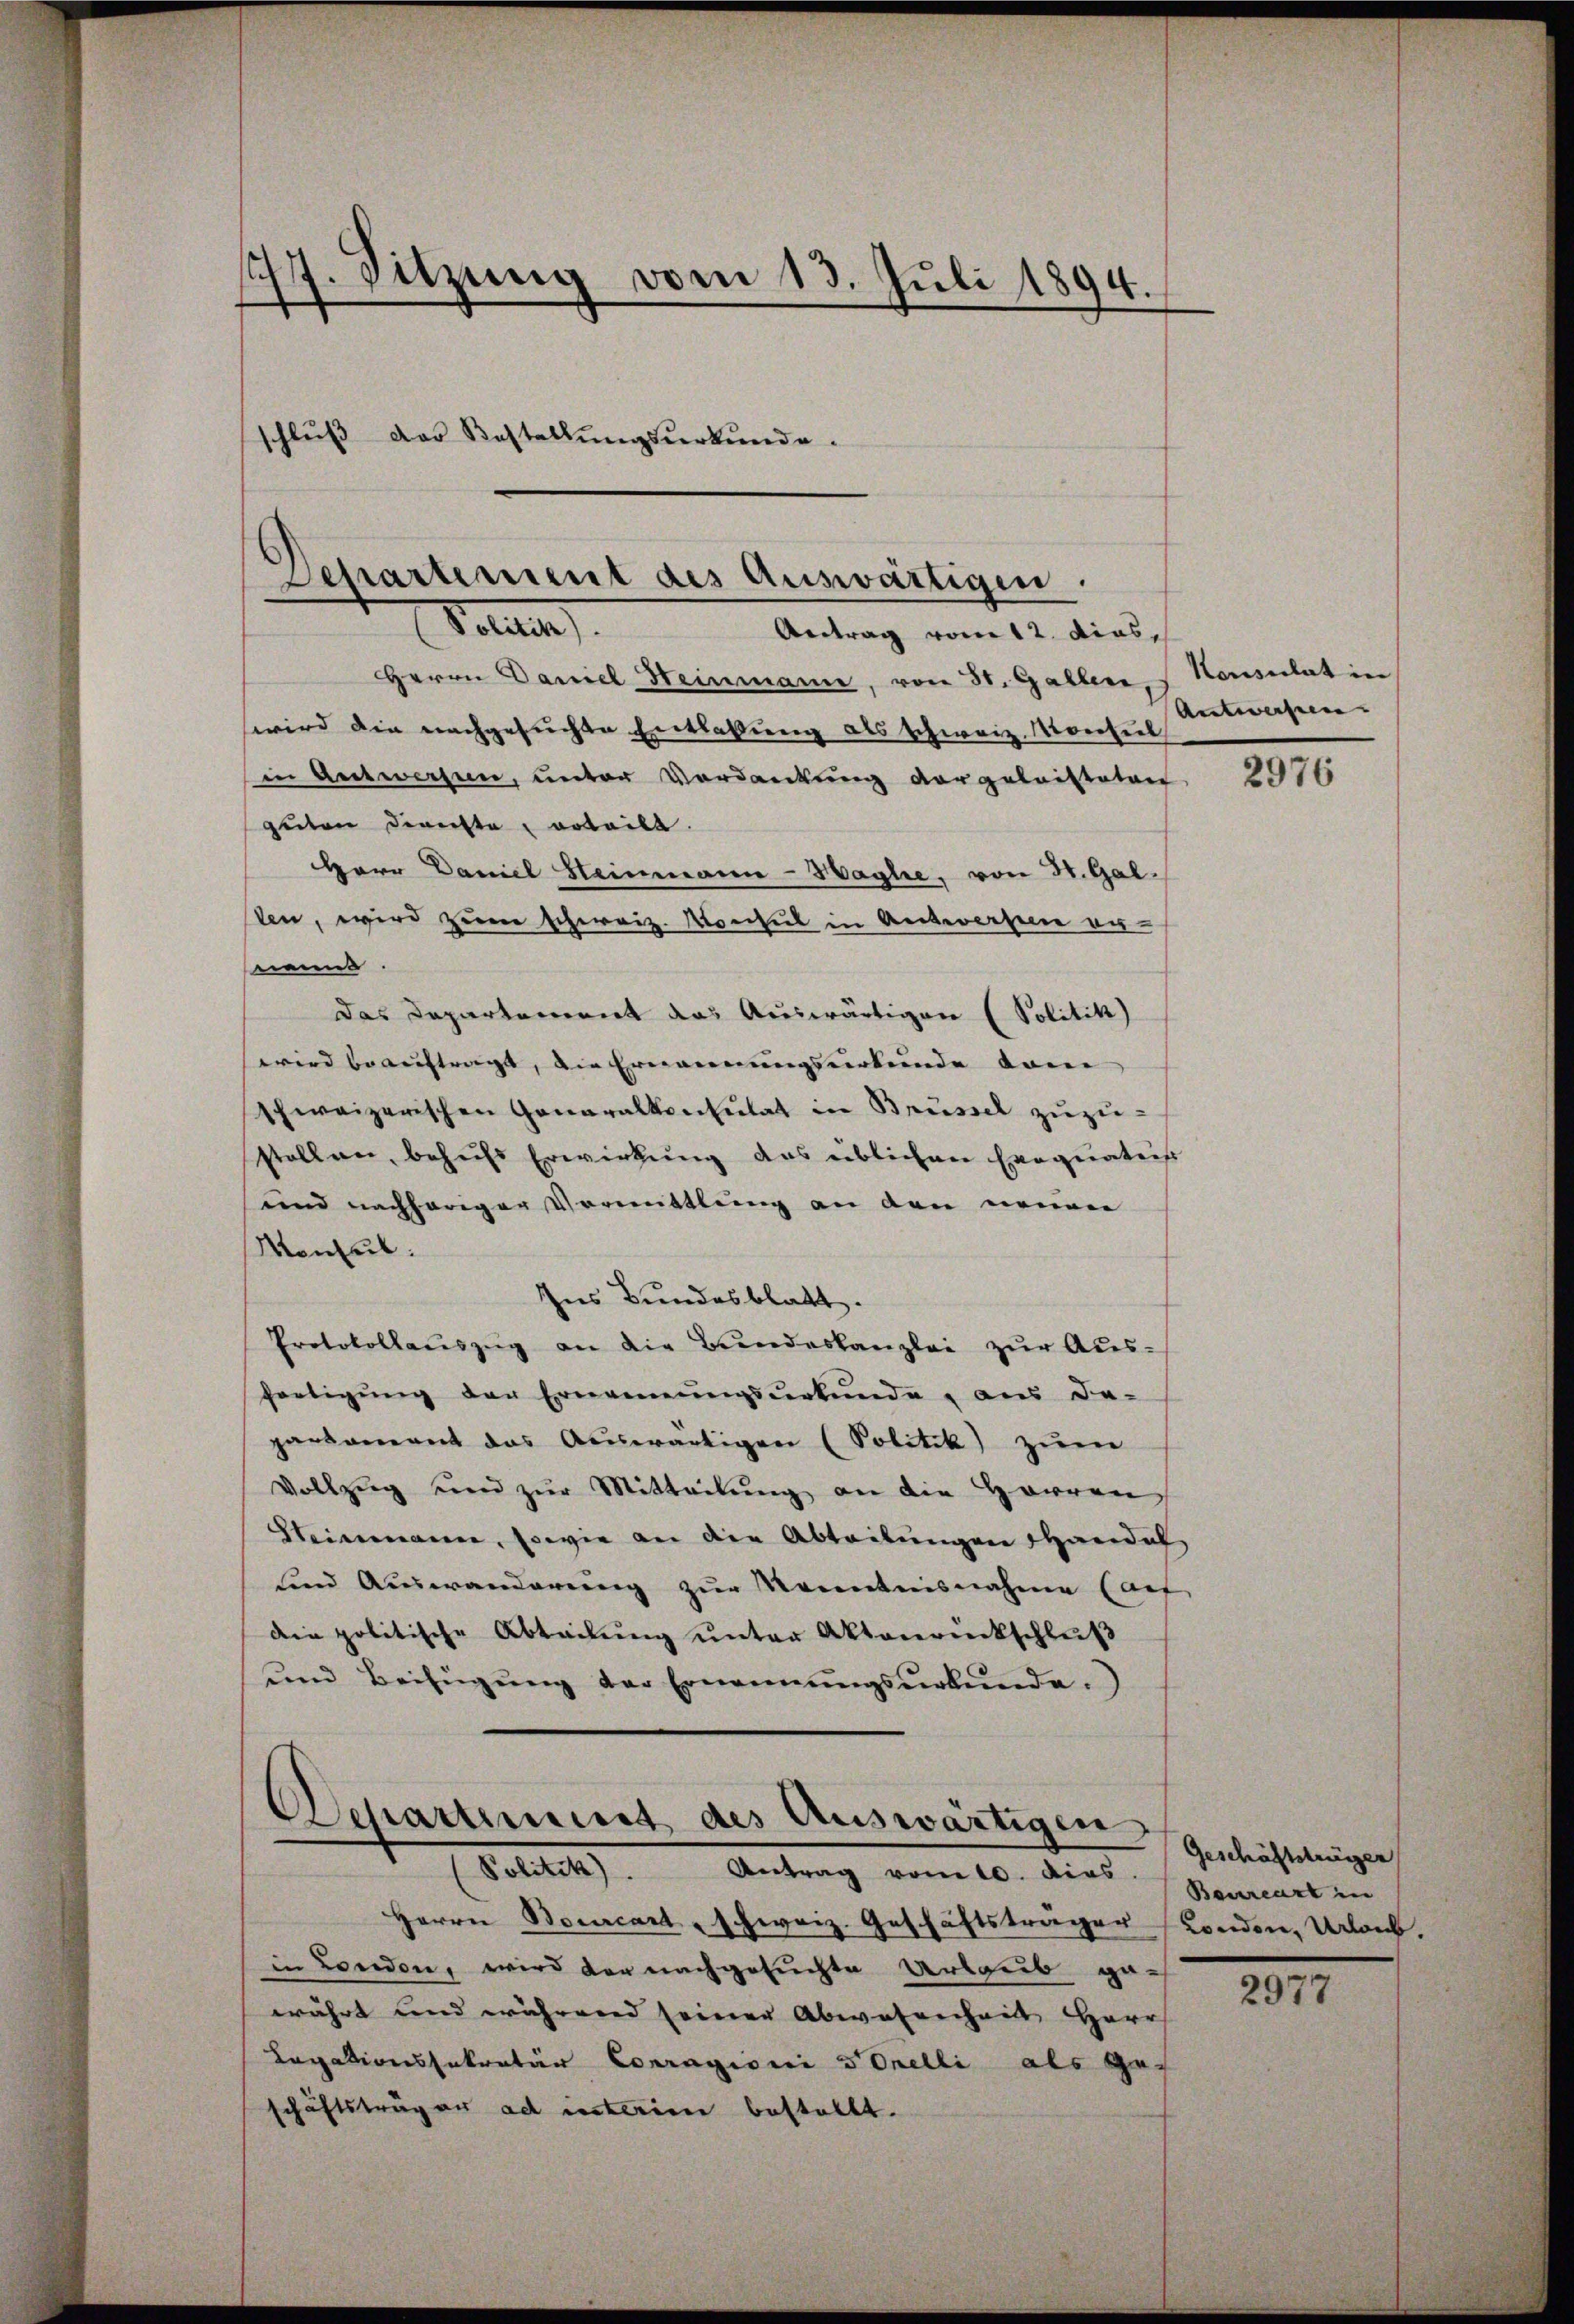
1777. Sitzung vom 13. Juli 1894.
schlŭβ der Bestellŭngsŭrkŭnde.

Departement des Auswärtigen.
Potuten

Antrag vom 12. dies,
Herrn Daniel Heinmann, von 31. Gallen,
wwird die nachgesuchte Entlaßung als schweiz. Konsul
in Antworfen, unter Vordankung vorgeleisteten
guten Dienste erteilt.
Herr Daniel Steinmann-Haghe, von St. Gal
ten, wird zum schweiz. Konsul in Antworfen er-
nannt.
Das Departement das Auswärtigen (Politik)
wird beauftragt, die Ernennungsurkunde kom
schweizerischen Generalkonsulat in Brüssel zuzustellen, behufs Erwirkung des üblichen Exequateis
und nachheriger Vormittlung an den neuen
Monkel.
Ins Bundesblatt.
Protokollaŭszŭg an die Bundeskanzlei zur Aus-
fertigung der Ernennungsurkunde, aus da-
parkament das Auswärtigen (Politik zum
Vollzug und zŭr Mitteilung an die Herren
Steinmann, sowie an die Abteilungen Handel
sind Auswanderung zur Kenntnisnahme auf
die politische Abteilung unter Aktenrückschluß
und Beifügŭng der Ernennungsurkunde.
Departement des Auswärtigen
(Politik. Antrag vom 10. dies.
Herrn Bourcart - schweiz. Geschäftsträger London, Urlaub,
in London, wird der nachgesuchte Urlaub gewährt und während seiner Abwesenheit Harr
Legationssekretär Corragioni Tonelli als geschäftsträgen ad unterien bestellt.

Konsulat in
Autwesen. |

2976

Geschäftsträger
Bourcart in

2977